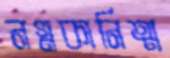
নগ্নকানিত্ম